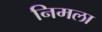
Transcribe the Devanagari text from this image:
निमला